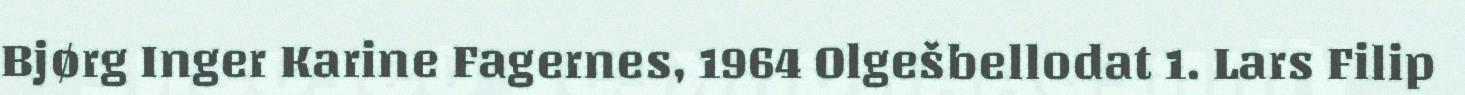
Bjørg Inger Karine Fagernes, 1964 Olgešbellodat 1. Lars Filip